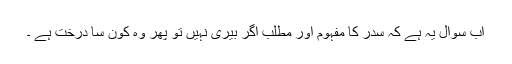
اب سوال یہ ہے کہ سدر کا مفہوم اور مطلب اگر بیری نہیں تو پھر وہ کون سا درخت ہے ۔